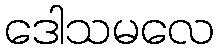
ဒေါသမလေ